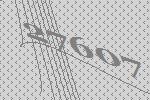
27607